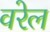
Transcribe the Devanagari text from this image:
वरेल